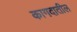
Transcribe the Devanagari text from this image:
कागदातील